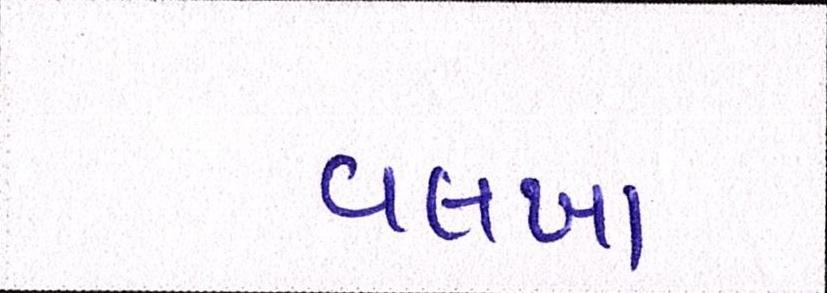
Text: વલખા